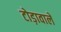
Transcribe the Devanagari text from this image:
टोड़ावाले